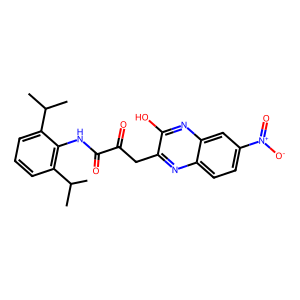
SMILES: CC(C)c1cccc(C(C)C)c1NC(=O)C(=O)Cc1nc2ccc([N+](=O)[O-])cc2nc1O
Inhibits HIV replication: No